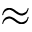
\approx